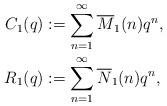
LaTeX: \begin{align*}C_1(q)&:=\sum_{n=1}^{\infty}\overline{M}_1(n)q^n,\\R_1(q)&:=\sum_{n=1}^{\infty}\overline{N}_1(n)q^n,\end{align*}